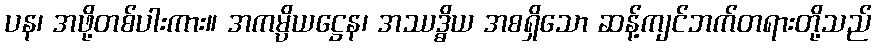
ပန၊ အဖို့တစ်ပါးကား။ အကမ္ပိယဋ္ဌေန၊ အဿဒ္ဓိယ အစရှိသော ဆန့်ကျင်ဘက်တရားတို့သည်